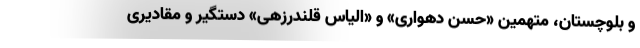
و بلوچستان، متهمین «حسن دهواری» و «الیاس قلندرزهی» دستگیر و مقادیری